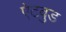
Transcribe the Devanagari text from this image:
ऐटवुड